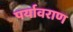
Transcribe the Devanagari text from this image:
पर्यावराण